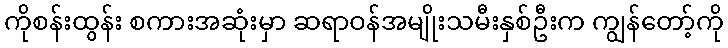
ကိုစန်းထွန်း စကားအဆုံးမှာ ဆရာဝန်အမျိုးသမီးနှစ်ဦးက ကျွန်တော့်ကို